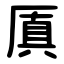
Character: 厧